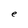
Character: e